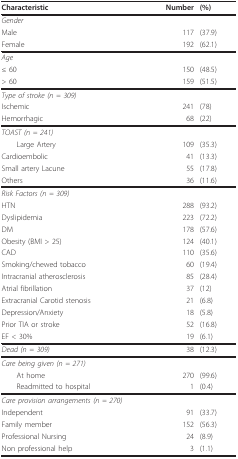
<table><thead><tr><td><b>Characteristic</b></td><td><b>Number</b></td><td><b>(%)</b></td></tr></thead><tbody><tr><td><i>Gender</i></td><td>[EMPTY_CELL]</td><td>[EMPTY_CELL]</td></tr><tr><td>Male</td><td>117</td><td>(37.9)</td></tr><tr><td>Female</td><td>192</td><td>(62.1)</td></tr><tr><td><i>Age</i></td><td>[EMPTY_CELL]</td><td>[EMPTY_CELL]</td></tr><tr><td>≤ 60</td><td>150</td><td>(48.5)</td></tr><tr><td>&gt; 60</td><td>159</td><td>(51.5)</td></tr><tr><td><i>Type of stroke (n = 309)</i></td><td>[EMPTY_CELL]</td><td>[EMPTY_CELL]</td></tr><tr><td>Ischemic</td><td>241</td><td>(78)</td></tr><tr><td>Hemorrhagic</td><td>68</td><td>(22)</td></tr><tr><td><i>TOAST (n = 241)</i></td><td>[EMPTY_CELL]</td><td>[EMPTY_CELL]</td></tr><tr><td> Large Artery</td><td>109</td><td>(35.3)</td></tr><tr><td>Cardioembolic</td><td>41</td><td>(13.3)</td></tr><tr><td>Small artery Lacune</td><td>55</td><td>(17.8)</td></tr><tr><td>Others</td><td>36</td><td>(11.6)</td></tr><tr><td><i>Risk Factors (n = 309)</i></td><td>[EMPTY_CELL]</td><td>[EMPTY_CELL]</td></tr><tr><td>HTN</td><td>288</td><td>(93.2)</td></tr><tr><td>Dyslipidemia</td><td>223</td><td>(72.2)</td></tr><tr><td>DM</td><td>178</td><td>(57.6)</td></tr><tr><td>Obesity (BMI &gt; 25)</td><td>124</td><td>(40.1)</td></tr><tr><td>CAD</td><td>110</td><td>(35.6)</td></tr><tr><td>Smoking/chewed tobacco</td><td>60</td><td>(19.4)</td></tr><tr><td>Intracranial atherosclerosis</td><td>85</td><td>(28.4)</td></tr><tr><td>Atrial fibrillation</td><td>37</td><td>(12)</td></tr><tr><td>Extracranial Carotid stenosis</td><td>21</td><td>(6.8)</td></tr><tr><td>Depression/Anxiety</td><td>18</td><td>(5.8)</td></tr><tr><td>Prior TIA or stroke</td><td>52</td><td>(16.8)</td></tr><tr><td>EF &lt; 30%</td><td>19</td><td>(6.1)</td></tr><tr><td><i>Dead (n = 309)</i></td><td>38</td><td>(12.3)</td></tr><tr><td><i>Care being given (n = 271)</i></td><td>[EMPTY_CELL]</td><td>[EMPTY_CELL]</td></tr><tr><td> At home</td><td>270</td><td>(99.6)</td></tr><tr><td> Readmitted to hospital</td><td>1</td><td>(0.4)</td></tr><tr><td><i>Care provision arrangements (n = 270)</i></td><td>[EMPTY_CELL]</td><td>[EMPTY_CELL]</td></tr><tr><td>Independent</td><td>91</td><td>(33.7)</td></tr><tr><td>Family member</td><td>152</td><td>(56.3)</td></tr><tr><td>Professional Nursing</td><td>24</td><td>(8.9)</td></tr><tr><td>Non professional help</td><td>3</td><td>(1.1)</td></tr></tbody></table>